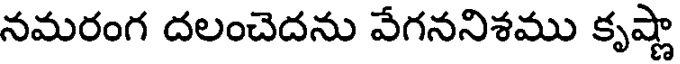
నమరంగ దలంచెదను వేగననిశము కృష్ణా